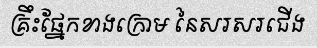
គ្រឹះផ្នែកខាងក្រោម នៃសរសរជើង